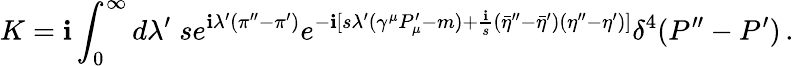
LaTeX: K=\mathbf{i}\int_{0}^{\infty}d\lambda^{\prime}\; se^{\mathbf{i}\lambda^{\prime}(\pi^{\prime\prime}-\pi^{\prime})}e^{-\mathbf{i}[s\lambda^{\prime}(\gamma^{\mu}P_{\mu}^{\prime}-m)+{\frac{{\mathbf{i}}}{{s}}}({\bar{{\eta}}}^{\prime\prime}-{\bar{{\eta}}}^{\prime})(\eta^{\prime\prime}-\eta^{\prime})]}\delta^{4}(P^{\prime\prime}-P^{\prime})\, .